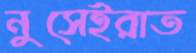
নুসেইরাত